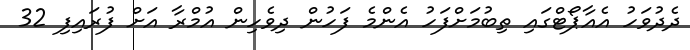
ދެދުވަހު އެއާޕޯޓްގައި ތިބުމަށްފަހު އެންމެ ފަހުން ދިވެހިން އުމްރާ އަށް ފުރައިފި 32